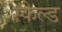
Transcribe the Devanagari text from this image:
स्केल्ड